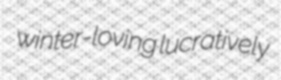
winter-loving lucratively